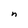
Character: n